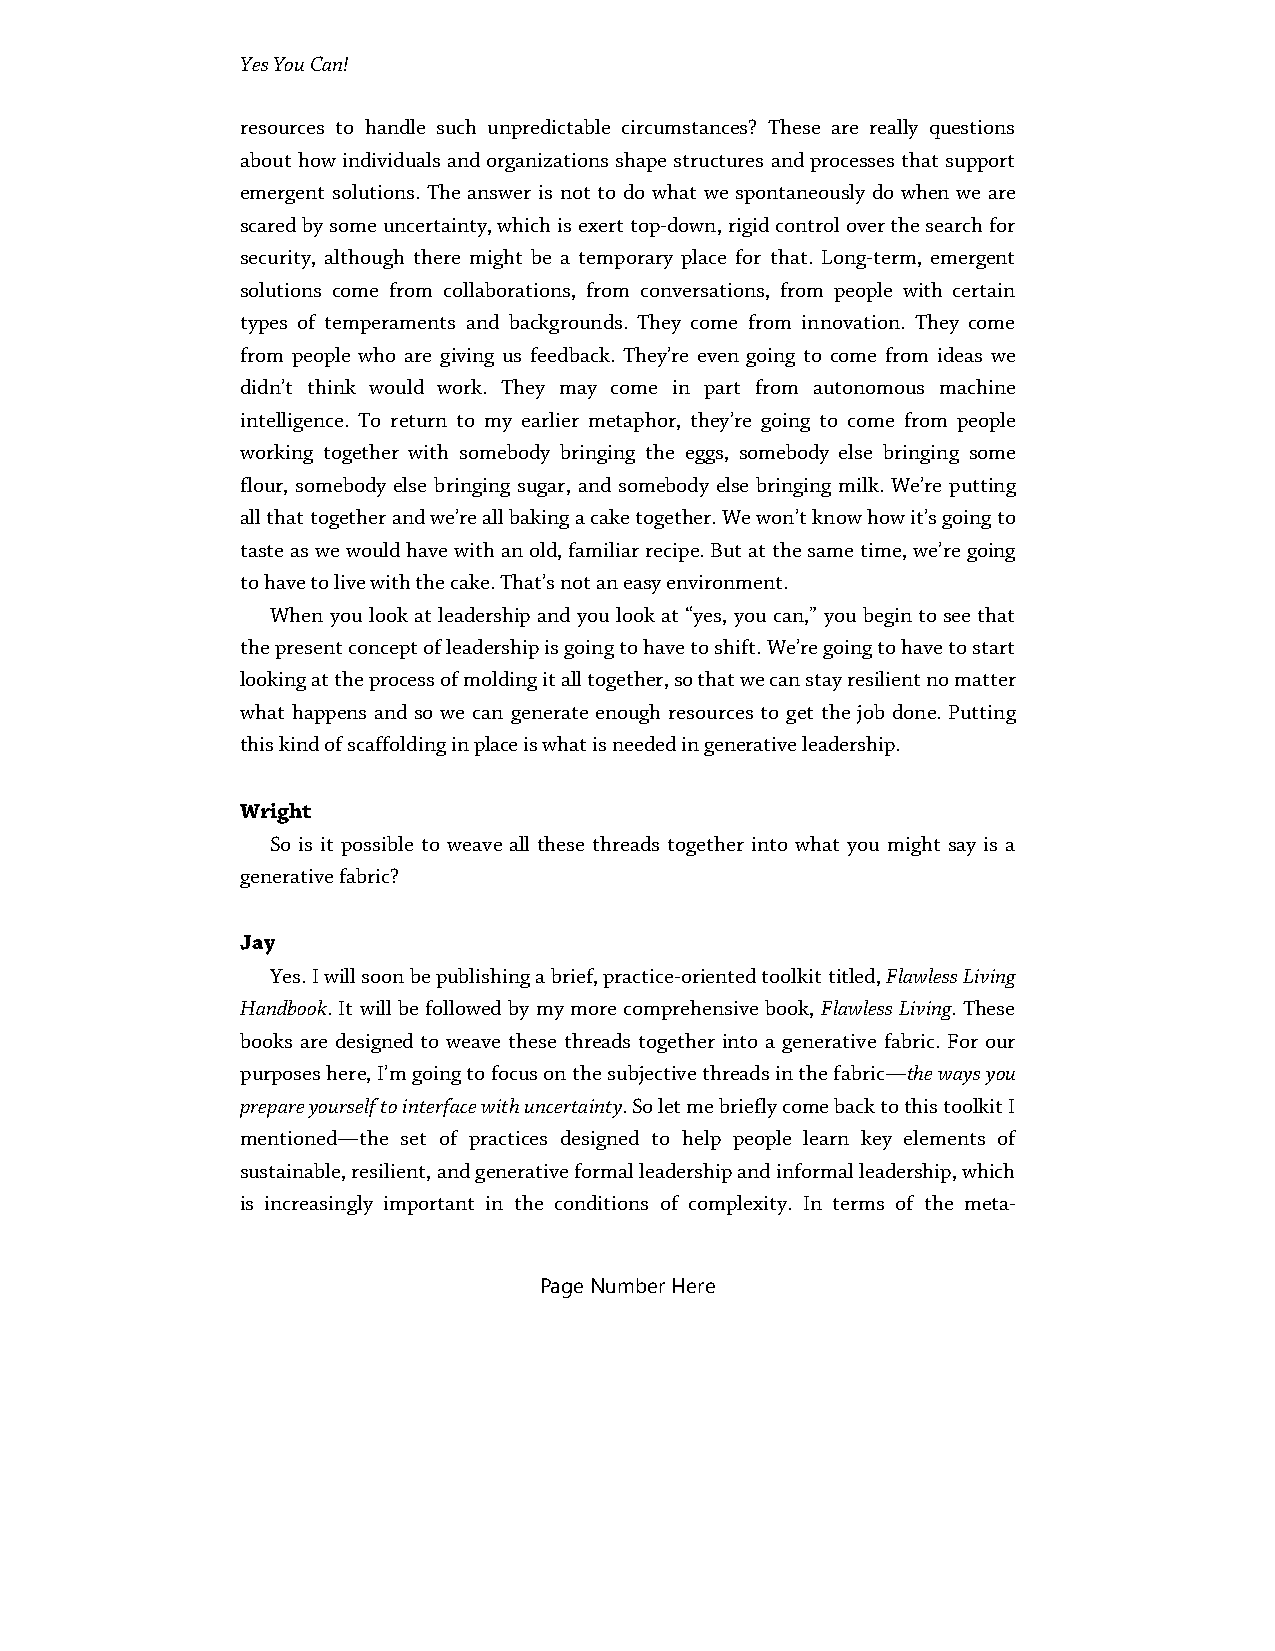
Yes You Can!
 resources to handle such unpredictable circumstances? These are really questions
 about how individuals and organizations shape structures and processes that support
 emergent solutions. The answer is not to do what we spontaneously do when we are
 scared by some uncertainty, which is exert top-down, rigid control over the search for
 security, although there might be a temporary place for that. Long-term, emergent
 solutions come from collaborations, from conversations, from people with certain
 types of temperaments and backgrounds. They come from innovation. They come
 from people who are giving us feedback. They’re even going to come from ideas we
 didn’t think would work. They may come in part from autonomous machine
 intelligence. To return to my earlier metaphor, they’re going to come from people
 working together with somebody bringing the eggs, somebody else bringing some
 flour, somebody else bringing sugar, and somebody else bringing milk. We’re putting
 all that together and we’re all baking a cake together. We won’t know how it’s going to
 taste as we would have with an old, familiar recipe. But at the same time, we’re going
 to have to live with the cake. That’s not an easy environment.
 When you look at leadership and you look at “yes, you can,” you begin to see that
 the present concept of leadership is going to have to shift. We’re going to have to start
 looking at the process of molding it all together, so that we can stay resilient no matter
 what happens and so we can generate enough resources to get the job done. Putting
 this kind of scaffolding in place is what is needed in generative leadership.
 Wright
 So is it possible to weave all these threads together into what you might say is a
 generative fabric?
 Jay
 Yes. I will soon be publishing a brief, practice-oriented toolkit titled, Flawless Living
 Handbook. It will be followed by my more comprehensive book, Flawless Living. These
 books are designed to weave these threads together into a generative fabric. For our
 purposes here, I’m going to focus on the subjective threads in the fabric—the ways you
 prepare yourself to interface with uncertainty. So let me briefly come back to this toolkit I
 mentioned—the set of practices designed to help people learn key elements of
 sustainable, resilient, and generative formal leadership and informal leadership, which
 is increasingly important in the conditions of complexity. In terms of the meta-
 Page Number Here